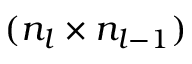
( n _ { l } \times n _ { l - 1 } )